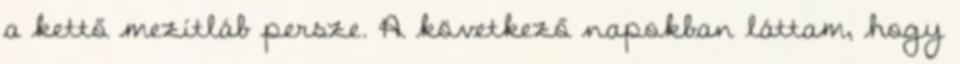
a kettő mezítláb persze. A következő napokban láttam, hogy